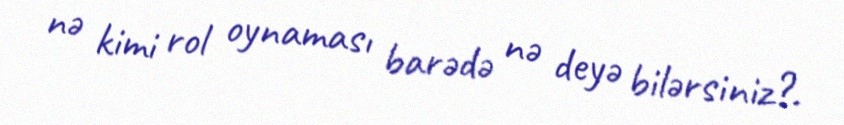
nə kimi rol oynaması barədə nə deyə bilərsiniz?.